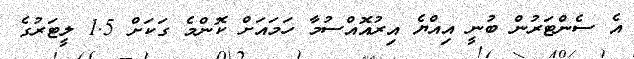
އެ ސެންޓަރުން ބުނީ އިއްޔެ އިރުއޮއްސުމާ ހަމައަށް ކޮންމެ ގަކަށް 1.5 ލީޓަރުގެ